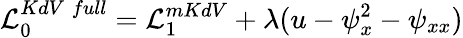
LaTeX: {\cal L}_{0}^{KdV\; full}={\cal L}_{1}^{mKdV}+\lambda(u-\psi_{x}^{2}-\psi_{xx})